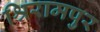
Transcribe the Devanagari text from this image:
श्रिरामपुर